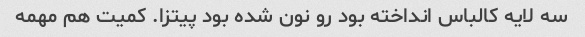
سه لایه کالباس انداخته بود رو نون شده بود پیتزا. کمیت هم مهمه